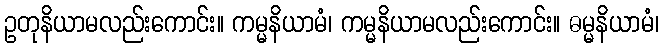
ဥတုနိယာမလည်းကောင်း။ ကမ္မနိယာမံ၊ ကမ္မနိယာမလည်းကောင်း။ ဓမ္မနိယာမံ၊